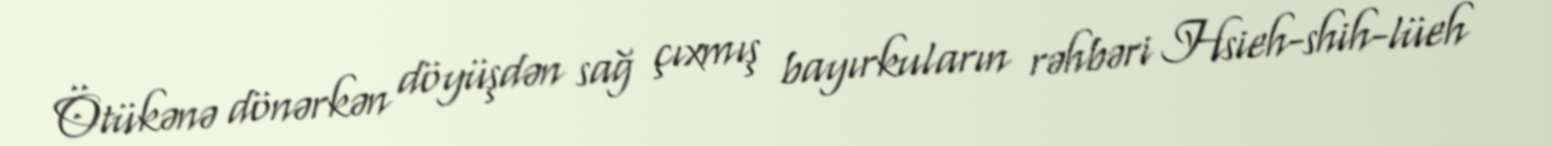
Ötükənə dönərkən döyüşdən sağ çıxmış bayırkuların rəhbəri Hsieh-shih-lüeh